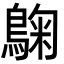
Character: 𮭀